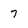
Character: 7